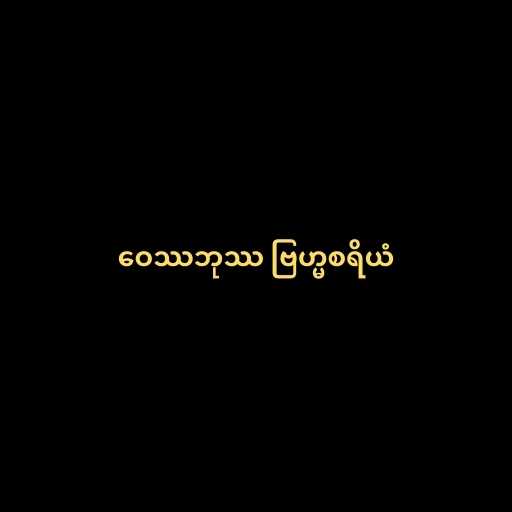
ဝေဿဘုဿ ဗြဟ္မစရိယံ